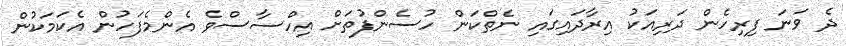
ދެ ވަނަ ފިރިހެން ދަރިއަކު އިރާދައިގައި ނެތްކަން ހުސެންފުތަށް އިހްސާސްވެ އެންމެފަހުން އެކަމަކުން